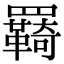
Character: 羇